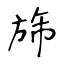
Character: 旆